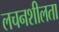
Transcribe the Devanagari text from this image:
लचनशीलता